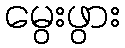
မွေးဖွား